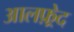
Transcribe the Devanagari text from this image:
आलफ़्रेद